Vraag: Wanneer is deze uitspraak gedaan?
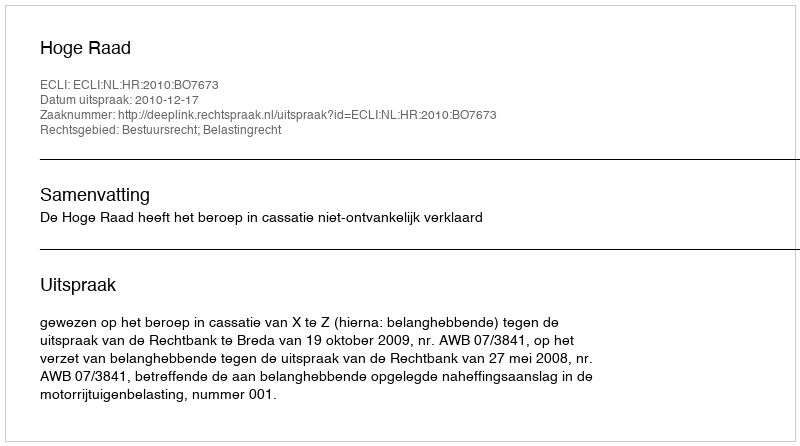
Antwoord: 2010-12-17